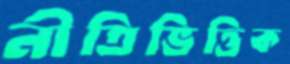
নীতিভিত্তিক